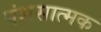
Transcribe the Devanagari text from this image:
पंशसात्मक